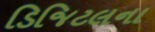
ડિજિટલના